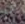
أجل